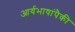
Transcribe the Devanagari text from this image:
आर्यभाषांपैकी